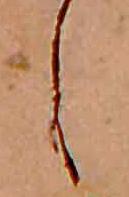
し